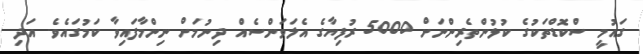
ގައުމީ ސްކޮޑްތަކުގެ ކުޅުންތެރިންނަށް 5000 ރުފިޔާގެ އެލަވަންސެއް ދިނުމަށް ނިންމާފައިވާ ކަމުގައެވެ. އަދި